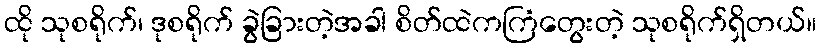
ထို သုစရိုက်၊ ဒုစရိုက် ခွဲခြားတဲ့အခါ စိတ်ထဲကကြံတွေးတဲ့ သုစရိုက်ရှိတယ်။